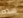
هذه